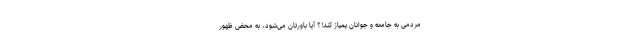
مردمی به جامعه و جوانان پمپاژ کند!؟ آیا باورتان می‌شود، به محض ظهور